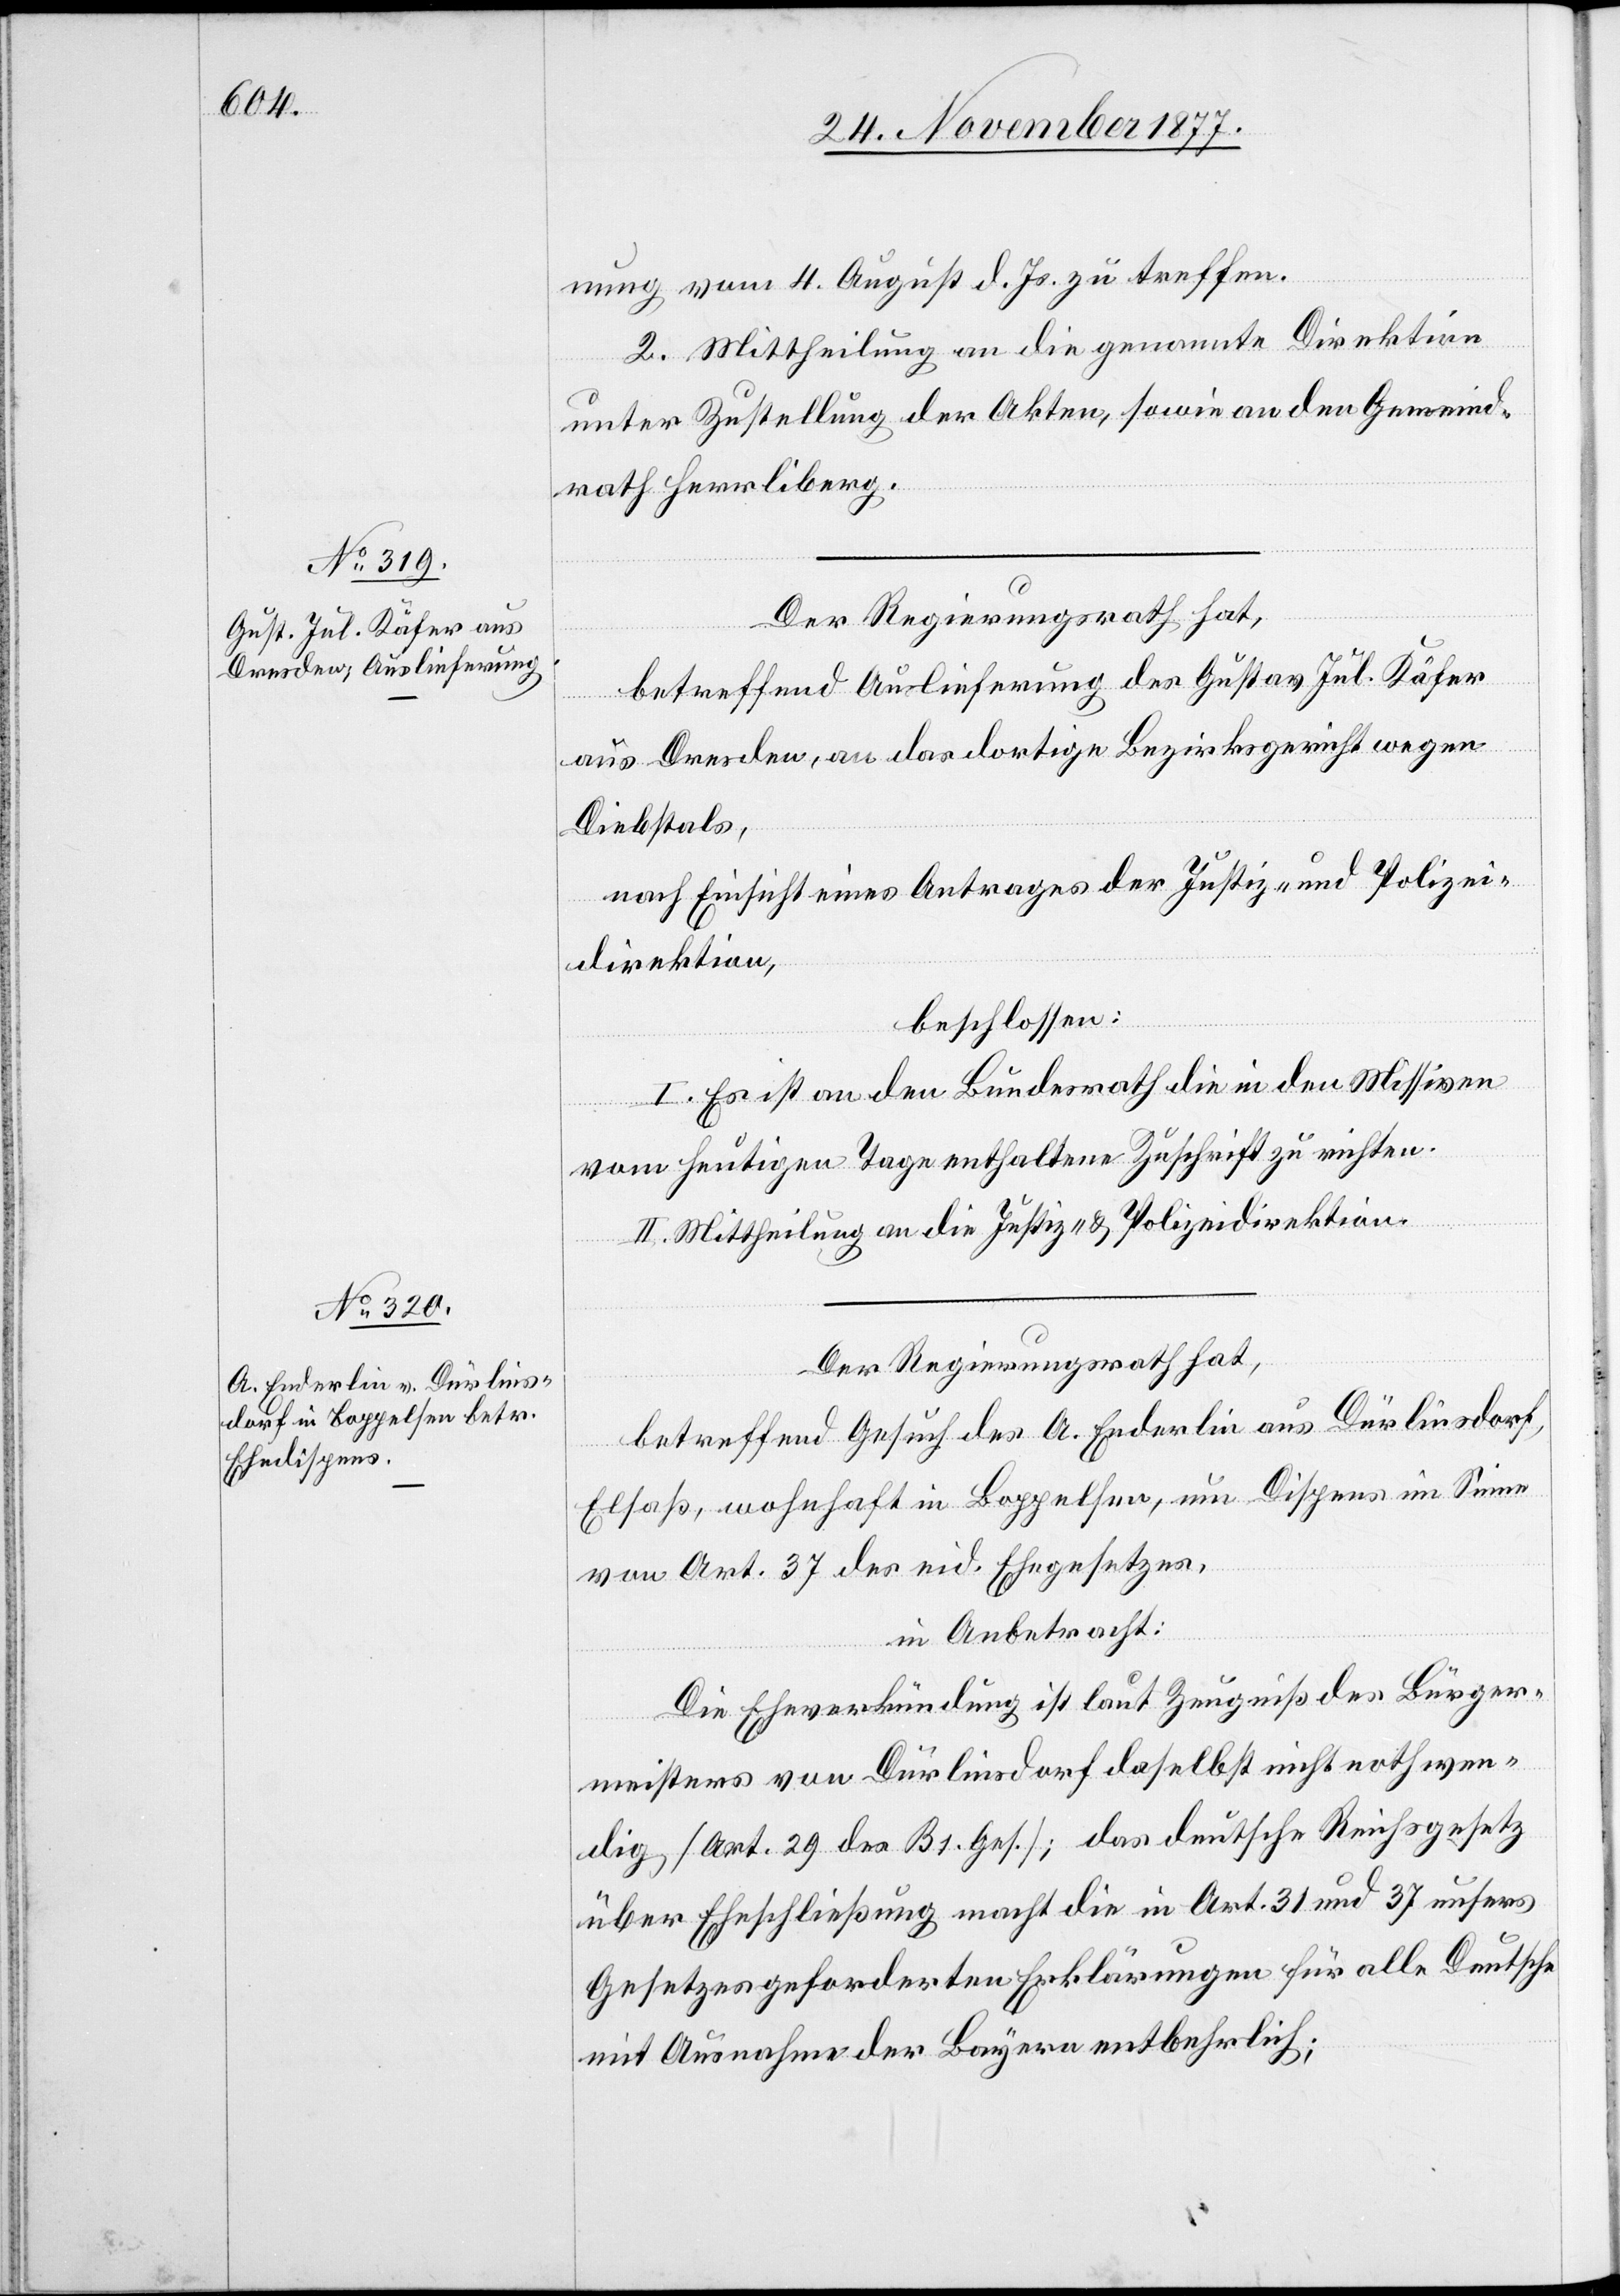
27. November 1877.]
nung vom 4. August d. Js. zu treffen.
2. Mittheilung an die genannte Direktion
unter Zustellung der Akten, sowie an den Gemeind¬
rath Herrliberg.
Der Regierungsrath hat,
betreffend Auslieferung des Gustav Jul. Käfer
aus Dresden, an das dortige Bezirksgericht wegen
Diebstals,
nach Einsicht eines Antrages der Justiz- und Polizei¬
direktion,
beschlossen:
I. Es ist an den Bundesrath die in den Missiven
vom heutigen Tage enthaltene Zuschrift zu richten.
II. Mittheilung an die Justiz- & Polizeidirektion.
Der Regierungsrath hat,
betreffend Gesuch des A. Enderlin aus Dürlinsdorf,
Elsaß, wohnhaft in Boppelsen, um Dispens im Sinne
von Art. 37 des eid. Ehegesetzes,
in Anbetracht:
Die Eheverkündung ist laut Zeugniß des Bürger¬
meisters von Dürlinsdorf daselbst nicht nothwen¬
dig [Art. 29 des B[?s]. Ges.]; das deutsche Reichsgesetz
über Eheschließung macht die in Art. 31 und 37 unsers
Gesetzes geforderten Erklärungen für alle Deutsche
mit Ausnahme der Bayern entbehrlich;